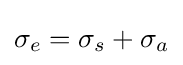
\sigma _{e}=\sigma _{s}+\sigma _{a}